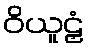
ဝိယူဠှံ